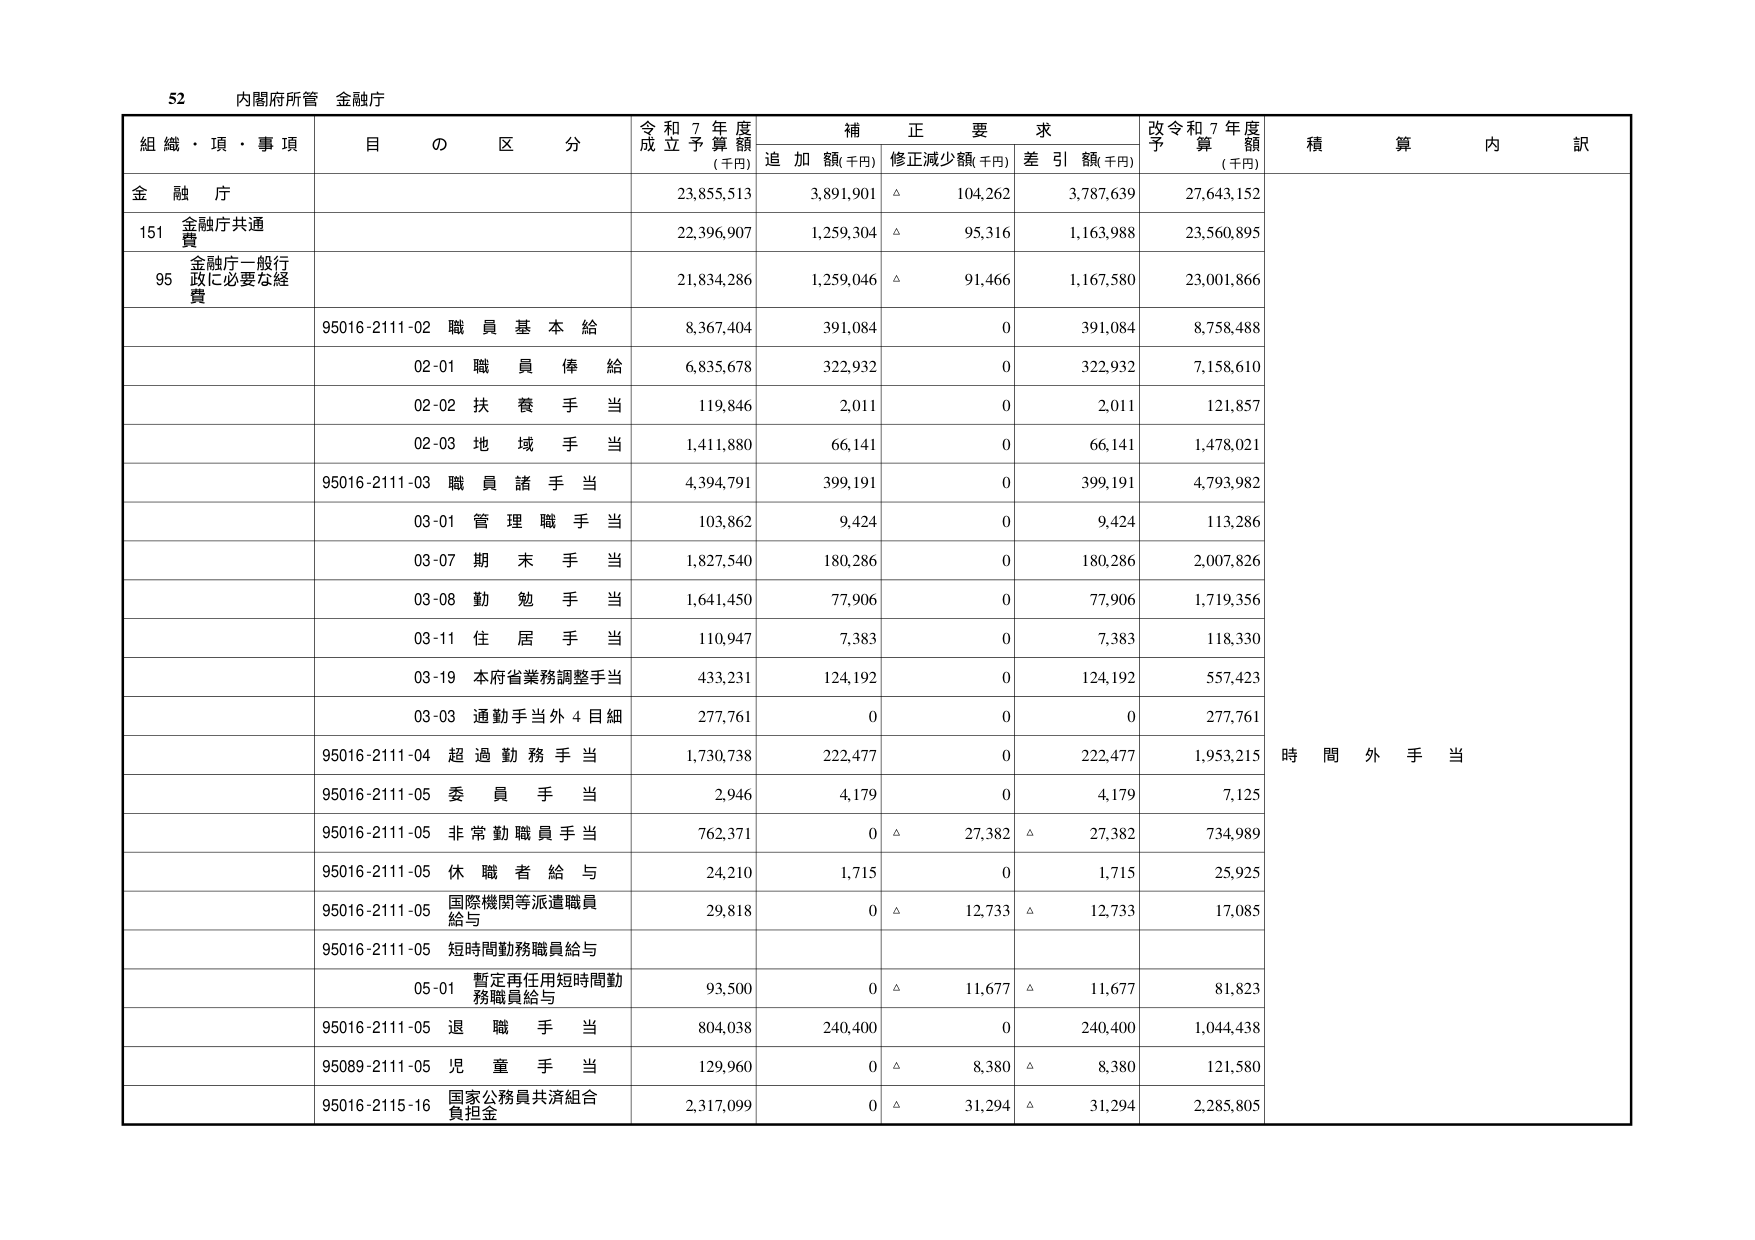
52 内閣府所管 金融庁

組織・項・事項 目の区分 令和7年度成立予算額(千円) 補正要求 追加額(千円) 修正減少額(千円) 差引額(千円) 改令和7年度予算額(千円) 積算内訳

金融庁 23,855,513 3,891,901 △ 104,262 3,787,639 27,643,152

151 金融庁共通費 22,396,907 1,259,304 △ 95,316 1,163,988 23,560,895

95 金融庁一般行政に必要な経費 21,834,286 1,259,046 △ 91,466 1,167,580 23,001,866

95016-2111-02 職員基本給 8,367,404 391,084 0 391,084 8,758,488

02-01 職員俸給 6,835,678 322,932 0 322,932 7,158,610

02-02 扶養手当 119,846 2,011 0 2,011 121,857

02-03 地域手当 1,411,880 66,141 0 66,141 1,478,021

95016-2111-03 職員諸手当 4,394,791 399,191 0 399,191 4,793,982

03-01 管理職手当 103,862 9,424 0 9,424 113,286

03-07 期末手当 1,827,540 180,286 0 180,286 2,007,826

03-08 勤勉手当 1,641,450 77,906 0 77,906 1,719,356

03-11 住居手当 110,947 7,383 0 7,383 118,330

03-19 本府省業務調整手当 433,231 124,192 0 124,192 557,423

03-03 通勤手当外4目細 277,761 0 0 0 277,761

95016-2111-04 超過勤務手当 1,730,738 222,477 0 222,477 1,953,215 時間外手当

95016-2111-05 委員手当 2,946 4,179 0 4,179 7,125

95016-2111-05 非常勤職員手当 762,371 0 △ 27,382 △ 27,382 734,989

95016-2111-05 休職者給与 24,210 1,715 0 1,715 25,925

95016-2111-05 国際機関等派遣職員給与 29,818 0 △ 12,733 △ 12,733 17,085

95016-2111-05 短時間勤務職員給与

05-01 暫定再任用短時間勤務職員給与 93,500 0 △ 11,677 △ 11,677 81,823

95016-2111-05 退職手当 804,038 240,400 0 240,400 1,044,438

95089-2111-05 児童手当 129,960 0 △ 8,380 △ 8,380 121,580

95016-2115-16 国家公務員共済組合負担金 2,317,099 0 △ 31,294 △ 31,294 2,285,805